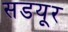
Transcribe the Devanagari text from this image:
सडयूर